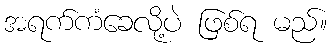
အရက်ကံခေလို့ပဲ ဖြစ်ရ မည်။